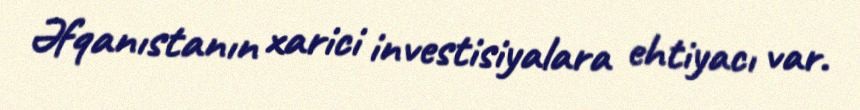
Əfqanıstanın xarici investisiyalara ehtiyacı var.